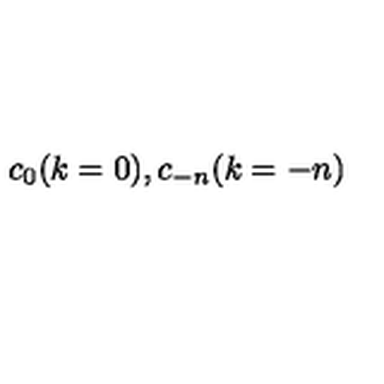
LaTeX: \: c _ { 0 } ( k = 0 ) , c _ { - n } ( k = - n ) \: